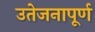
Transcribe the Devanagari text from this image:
उतेजनापूर्ण